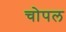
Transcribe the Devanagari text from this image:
चोपल